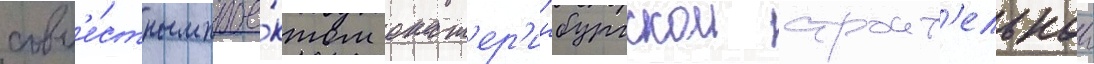
совм'е́стным прое́ктом екат'ер'инбургскои строит'ельнои